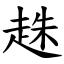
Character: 趎